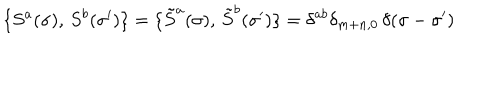
\{ S ^ { a } ( \sigma ) , \, S ^ { b } ( \sigma ^ { \prime } ) \} = \{ { \tilde { S } } ^ { a } ( \sigma ) , \, { \tilde { S } } ^ { b } ( \sigma ^ { \prime } ) \} = \delta ^ { a b } \delta _ { m + n , 0 } \, \delta ( \sigma - \sigma ^ { \prime } )